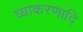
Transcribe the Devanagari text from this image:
व्याकरणादि